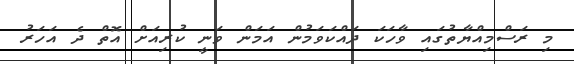
މި ރަސްމިއްޔާތުގައި ވާހަކަ ދައްކަވަމުން އަމަން ވަނީ ކުރިއަށް އޮތް ދެ އަހަރު